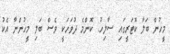
މީހުން ބަލާ ކޮޓަރީގައި ސާލިހު: ކޮންމެ ދުވަހަކީ ވެސް ބަލި މީހުންނާ އެކު